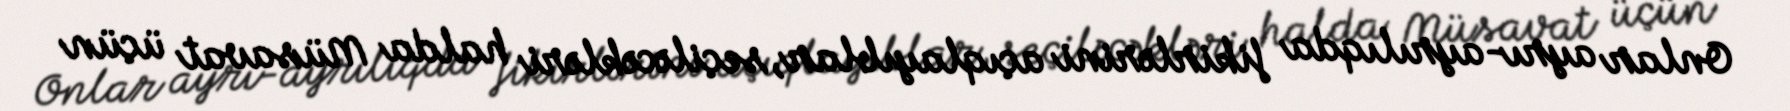
Onlar ayrı-ayrılıqda fikirlərini açıqlayıblar, seçiləcəkləri halda Müsavat üçün